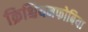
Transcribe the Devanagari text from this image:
क्रिश्चियनफोबिया